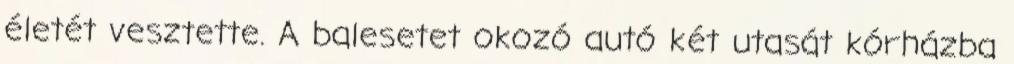
életét vesztette. A balesetet okozó autó két utasát kórházba